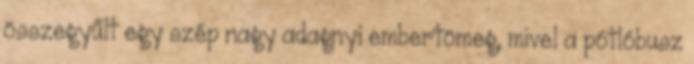
összegyűlt egy szép nagy adagnyi embertömeg, mivel a pótlóbusz